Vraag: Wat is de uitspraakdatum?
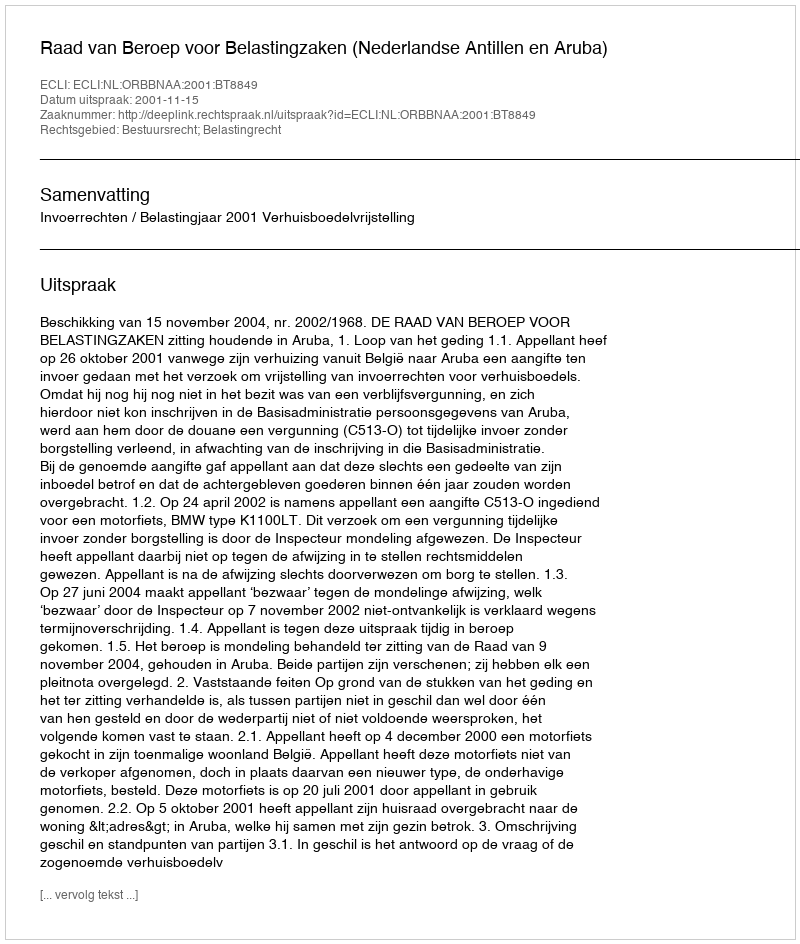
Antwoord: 2001-11-15